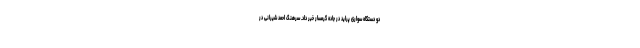
دو دستگاه سواری پراید در جاده گرمسار خبر داد. سرهنگ احمد شیرانی در